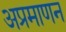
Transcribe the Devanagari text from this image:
अप्रमाणन